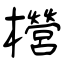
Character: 櫿